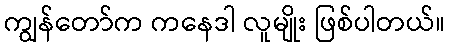
ကျွန်တော်က ကနေဒါ လူမျိုး ဖြစ်ပါတယ်။